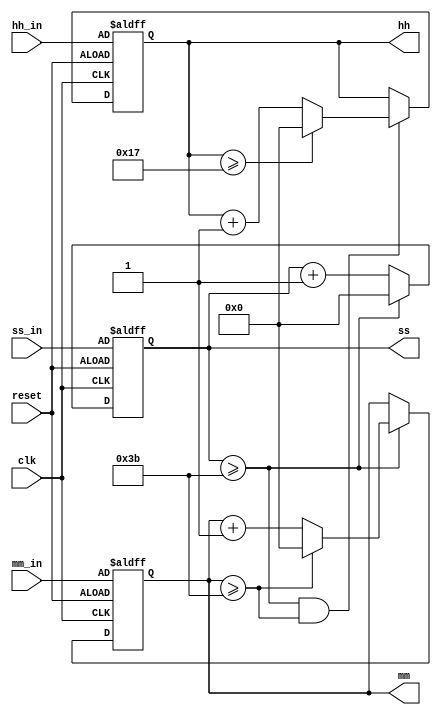
module Clock_nb (clk,reset,ss,mm,hh,ss_in,mm_in,hh_in);
input clk,reset;
output reg [5:0] ss,mm,hh;
input [5:0] ss_in,mm_in,hh_in;
wire [5:0] nss,nmm,nhh;

always@(negedge clk or negedge reset)
if(reset==1'b0)
begin
ss <= ss_in;
mm<=mm_in;
hh<=hh_in;
end
else
begin
ss<=nss;
mm<=nmm;
hh<=nhh;
end 

assign nss=(ss>=6'd59)?6'd0:ss+1;
assign nmm=(ss>=6'd59)?((mm>=6'd59)?6'd0:mm+1):mm;
assign nhh=((ss>=6'd59)&&(mm>=6'd59))?((hh>=6'd23)?6'd0:hh+1):hh;

endmodule